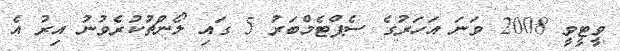
ވީޓީވީ 2008 ވަނަ އަހަރުގެ ސެޕްޓެމްބަރު 5 ގައި ލޯންޗުކުރެވުނު އިރު އެ